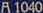
A 1040